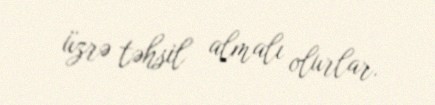
üzrə təhsil almalı olurlar.